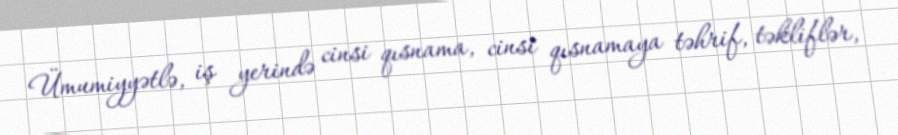
Ümumiyyətlə, iş yerində cinsi qısnama, cinsi qısnamaya təhrif, təkliflər,